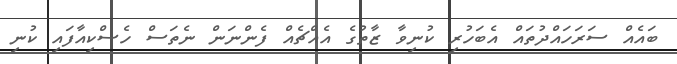
ބައެއް ސަރަހައްދުތައް އެބަހުރި ކުނިވާ ޒާތުގެ އެއްޗެއް ފެންނަން ނެތަސް ހެސްކިއާފައި ކުނި